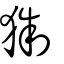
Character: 猘